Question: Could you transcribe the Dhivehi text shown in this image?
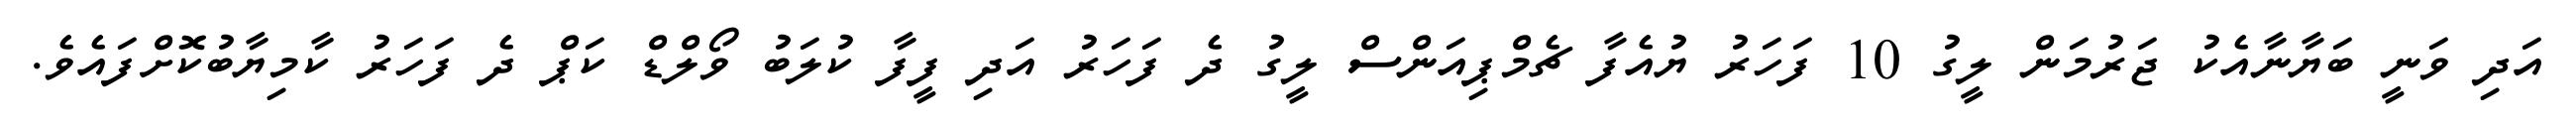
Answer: އަދި ވަނީ ބަޔާނާއެކު ޖަރުމަން ލީގު 10 ފަހަރު ޔުއެފާ ޗެމްޕިއަންސް ލީގު ދެ ފަހަރު އަދި ފީފާ ކުލަބު ވޯލްޑް ކަޕް ދެ ފަހަރު ކާމިޔާބުކޮށްފައެވެ.